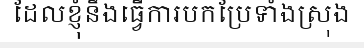
ដែលខ្ញុំនឹងធ្វើការបកប្រែទាំងស្រុង